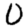
Digit: 0